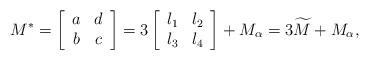
LaTeX: \begin{align*}M^*=\left[ {\begin{array}{*{20}{c}}{a}&{d}\\{b}&{c}\end{array}} \right]=3\left[ {\begin{array}{*{20}{c}}{l_1}&{l_2}\\{l_3}&{l_4}\end{array}} \right]+M_\alpha=3\widetilde{M}+M_\alpha,\end{align*}